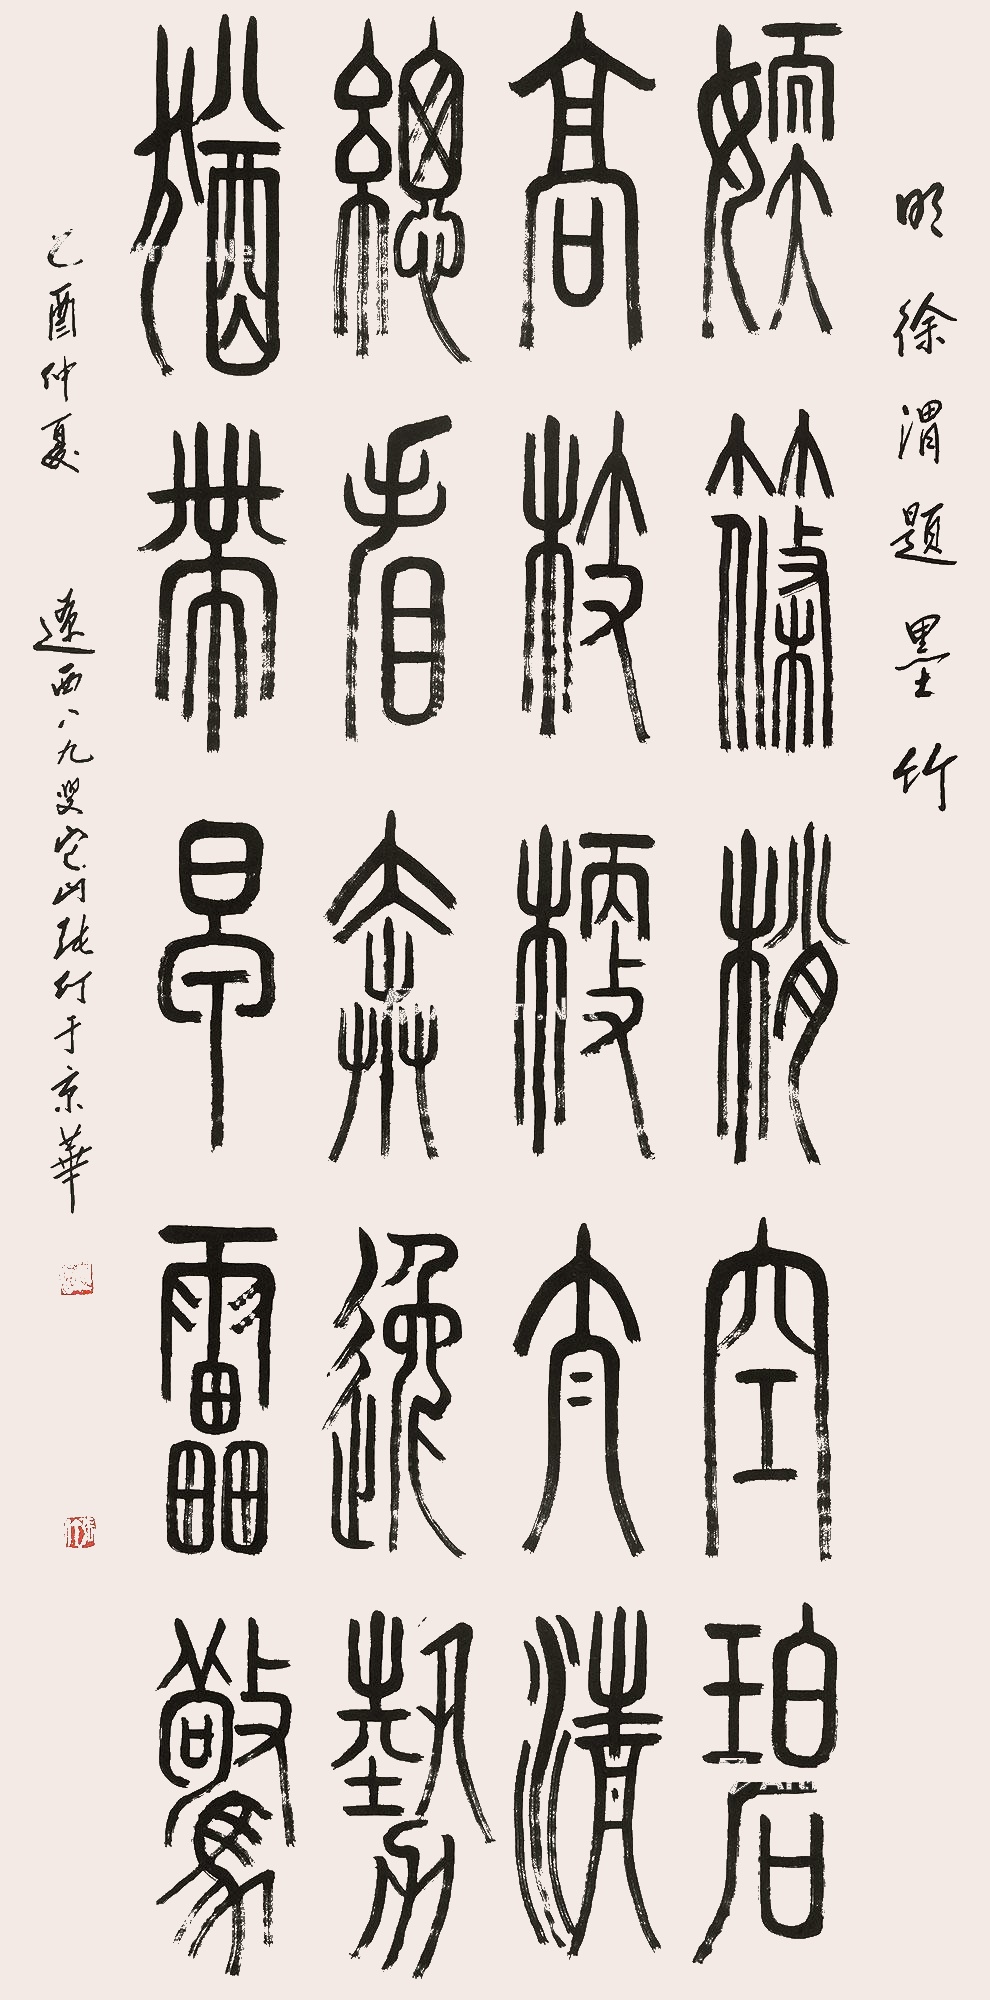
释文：嫩筱梢空碧，高枝梗太清。总看奔逸势，犹带早雷惊。明徐渭题墨竹，乙酉仲夏，辽西八九叟它山张仃于京华。